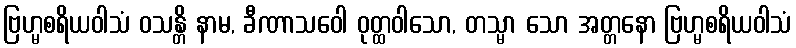
ဗြဟ္မစရိယဝါသံ ဝသန္တိ နာမ, ခီဏာသဝေါ ဝုတ္ထဝါသော, တသ္မာ သော အတ္တနော ဗြဟ္မစရိယဝါသံ